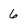
Character: 6